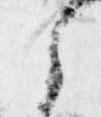
之